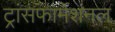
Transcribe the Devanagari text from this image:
ट्रांसफार्मेशनल